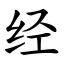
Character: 经